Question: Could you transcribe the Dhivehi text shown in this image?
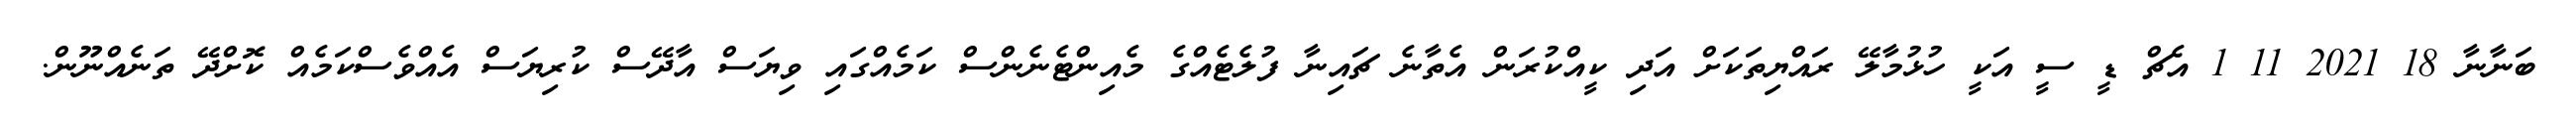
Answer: ބަނާނާ 18 2021 11 1 އެޗް ޑީ ސީ އަކީ ހުޅުމާލޭ ރައްޔިތަކަށް އަދި ކީއްކުރަން އެތާނެ ޗައިނާ ފުލެޓެއްގެ މެއިންޓެނެންސް ކަމެއްގައި ވިޔަސް އާދޭސް ކުރިޔަސް އެއްވެސްކަމެއް ކޮށްދޭ ތަނެއްނޫން.